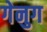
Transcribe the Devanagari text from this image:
गेनुग